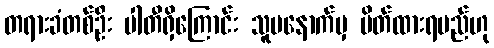
တရားခံတစ်ဦး ပါတီရှိကြောင်း သူမနောက်မှ ပိတ်ထားရမည်ဟု